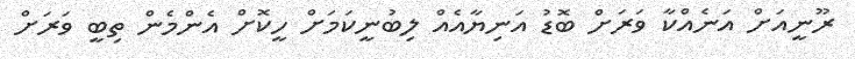
ރޫނީއަށް އަނެއްކާ ވަރަށް ބޮޑު އަނިޔާއެއް ލިބުނީކަމަށް ހީކޮށް އެންމެން ތިބީ ވަރަށް